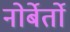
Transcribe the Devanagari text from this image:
नोर्बेर्तो